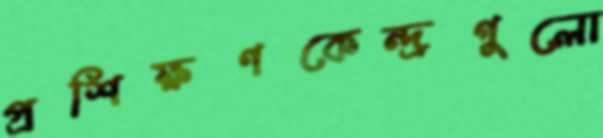
প্রশিক্ষণকেন্দ্রগুলো